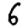
Digit: 6